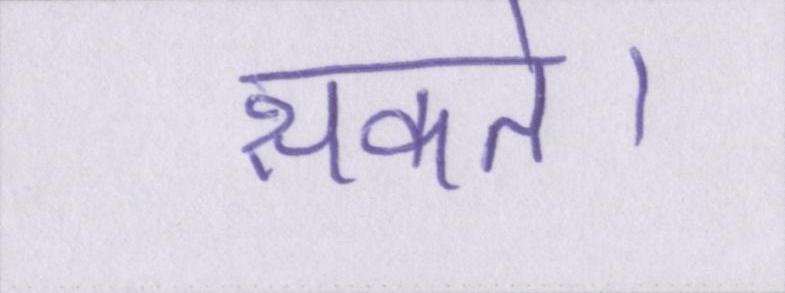
सकते।